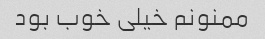
ممنونم خیلی خوب بود